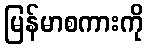
မြန်မာစကားကို